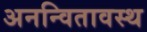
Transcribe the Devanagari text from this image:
अनन्वितावस्थ